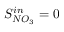
S _ { N O _ { 3 } } ^ { i n } = 0